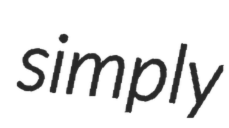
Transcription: simply